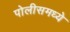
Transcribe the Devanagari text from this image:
पोलीसमध्ये